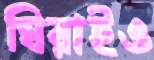
ঘিরাইও